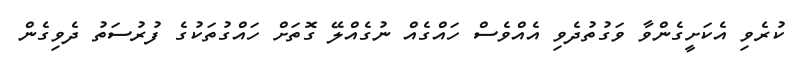
ކުރެވި އެކަށީގެންވާ ވަގުތުދެވި އެއްވެސް ހައްގެއް ނުގެއްލޭ ގޮތަށް ހައްގުތަކުގެ ފުރުސަތު ދެވިގެން